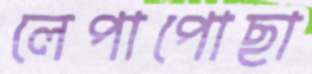
লেপাপোছা